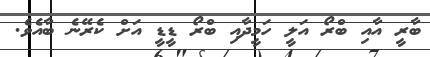
ބާރީ އާއި ބްރޯ އަލީ ހަމީދާއި ބްރޯ ޑީޑީ އަށް ކެރޭނެ ބާއެވެ.